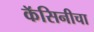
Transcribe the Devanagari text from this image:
कॅसिनीचा